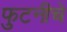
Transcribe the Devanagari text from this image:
फुटनीचे